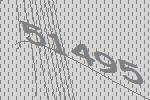
51495